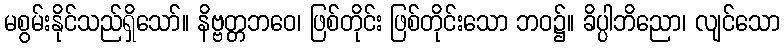
မစွမ်းနိုင်သည်ရှိသော်။ နိဗ္ဗတ္တဘဝေ၊ ဖြစ်တိုင်း ဖြစ်တိုင်းသော ဘဝ၌။ ခိပ္ပါဘိညော၊ လျင်သော